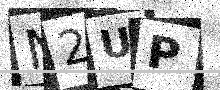
Text: N2UP